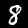
Digit: 8